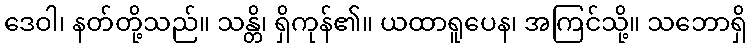
ဒေဝါ၊ နတ်တို့သည်။ သန္တိ၊ ရှိကုန်၏။ ယထာရူပေန၊ အကြင်သို့။ သဘောရှိ